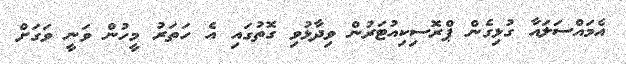
އެމައްސަލައާ ގުޅިގެން ޕްރޮސިކިއުޓަރުން ވިދާޅުވި ގޮތުގައި އެ ހަތަރު މީހުން ވަނީ ވަގަށް